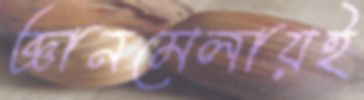
জ্ঞানমেলায়ই